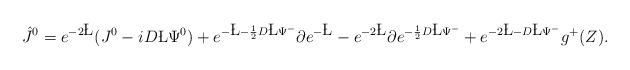
LaTeX: \begin{align*}{\hat J}^0=e^{-2\L}(J^0-iD\L\Psi^0)+e^{-\L-{1\over 2}D\L\Psi^-}\partial e^{-\L}-e^{-2\L}\partial e^{-{1\over 2}D\L\Psi^-} + e^{-2\L-D\L\Psi^-}g^+(Z).\end{align*}